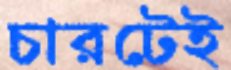
চারটেই